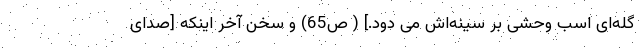
گله‌ای اسب وحشی بر سینه‌اش می دوَد.] ( ص65) و سخن آخر اینکه [صدای